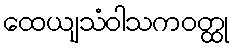
ထေယျသံဝါသကဝတ္ထု